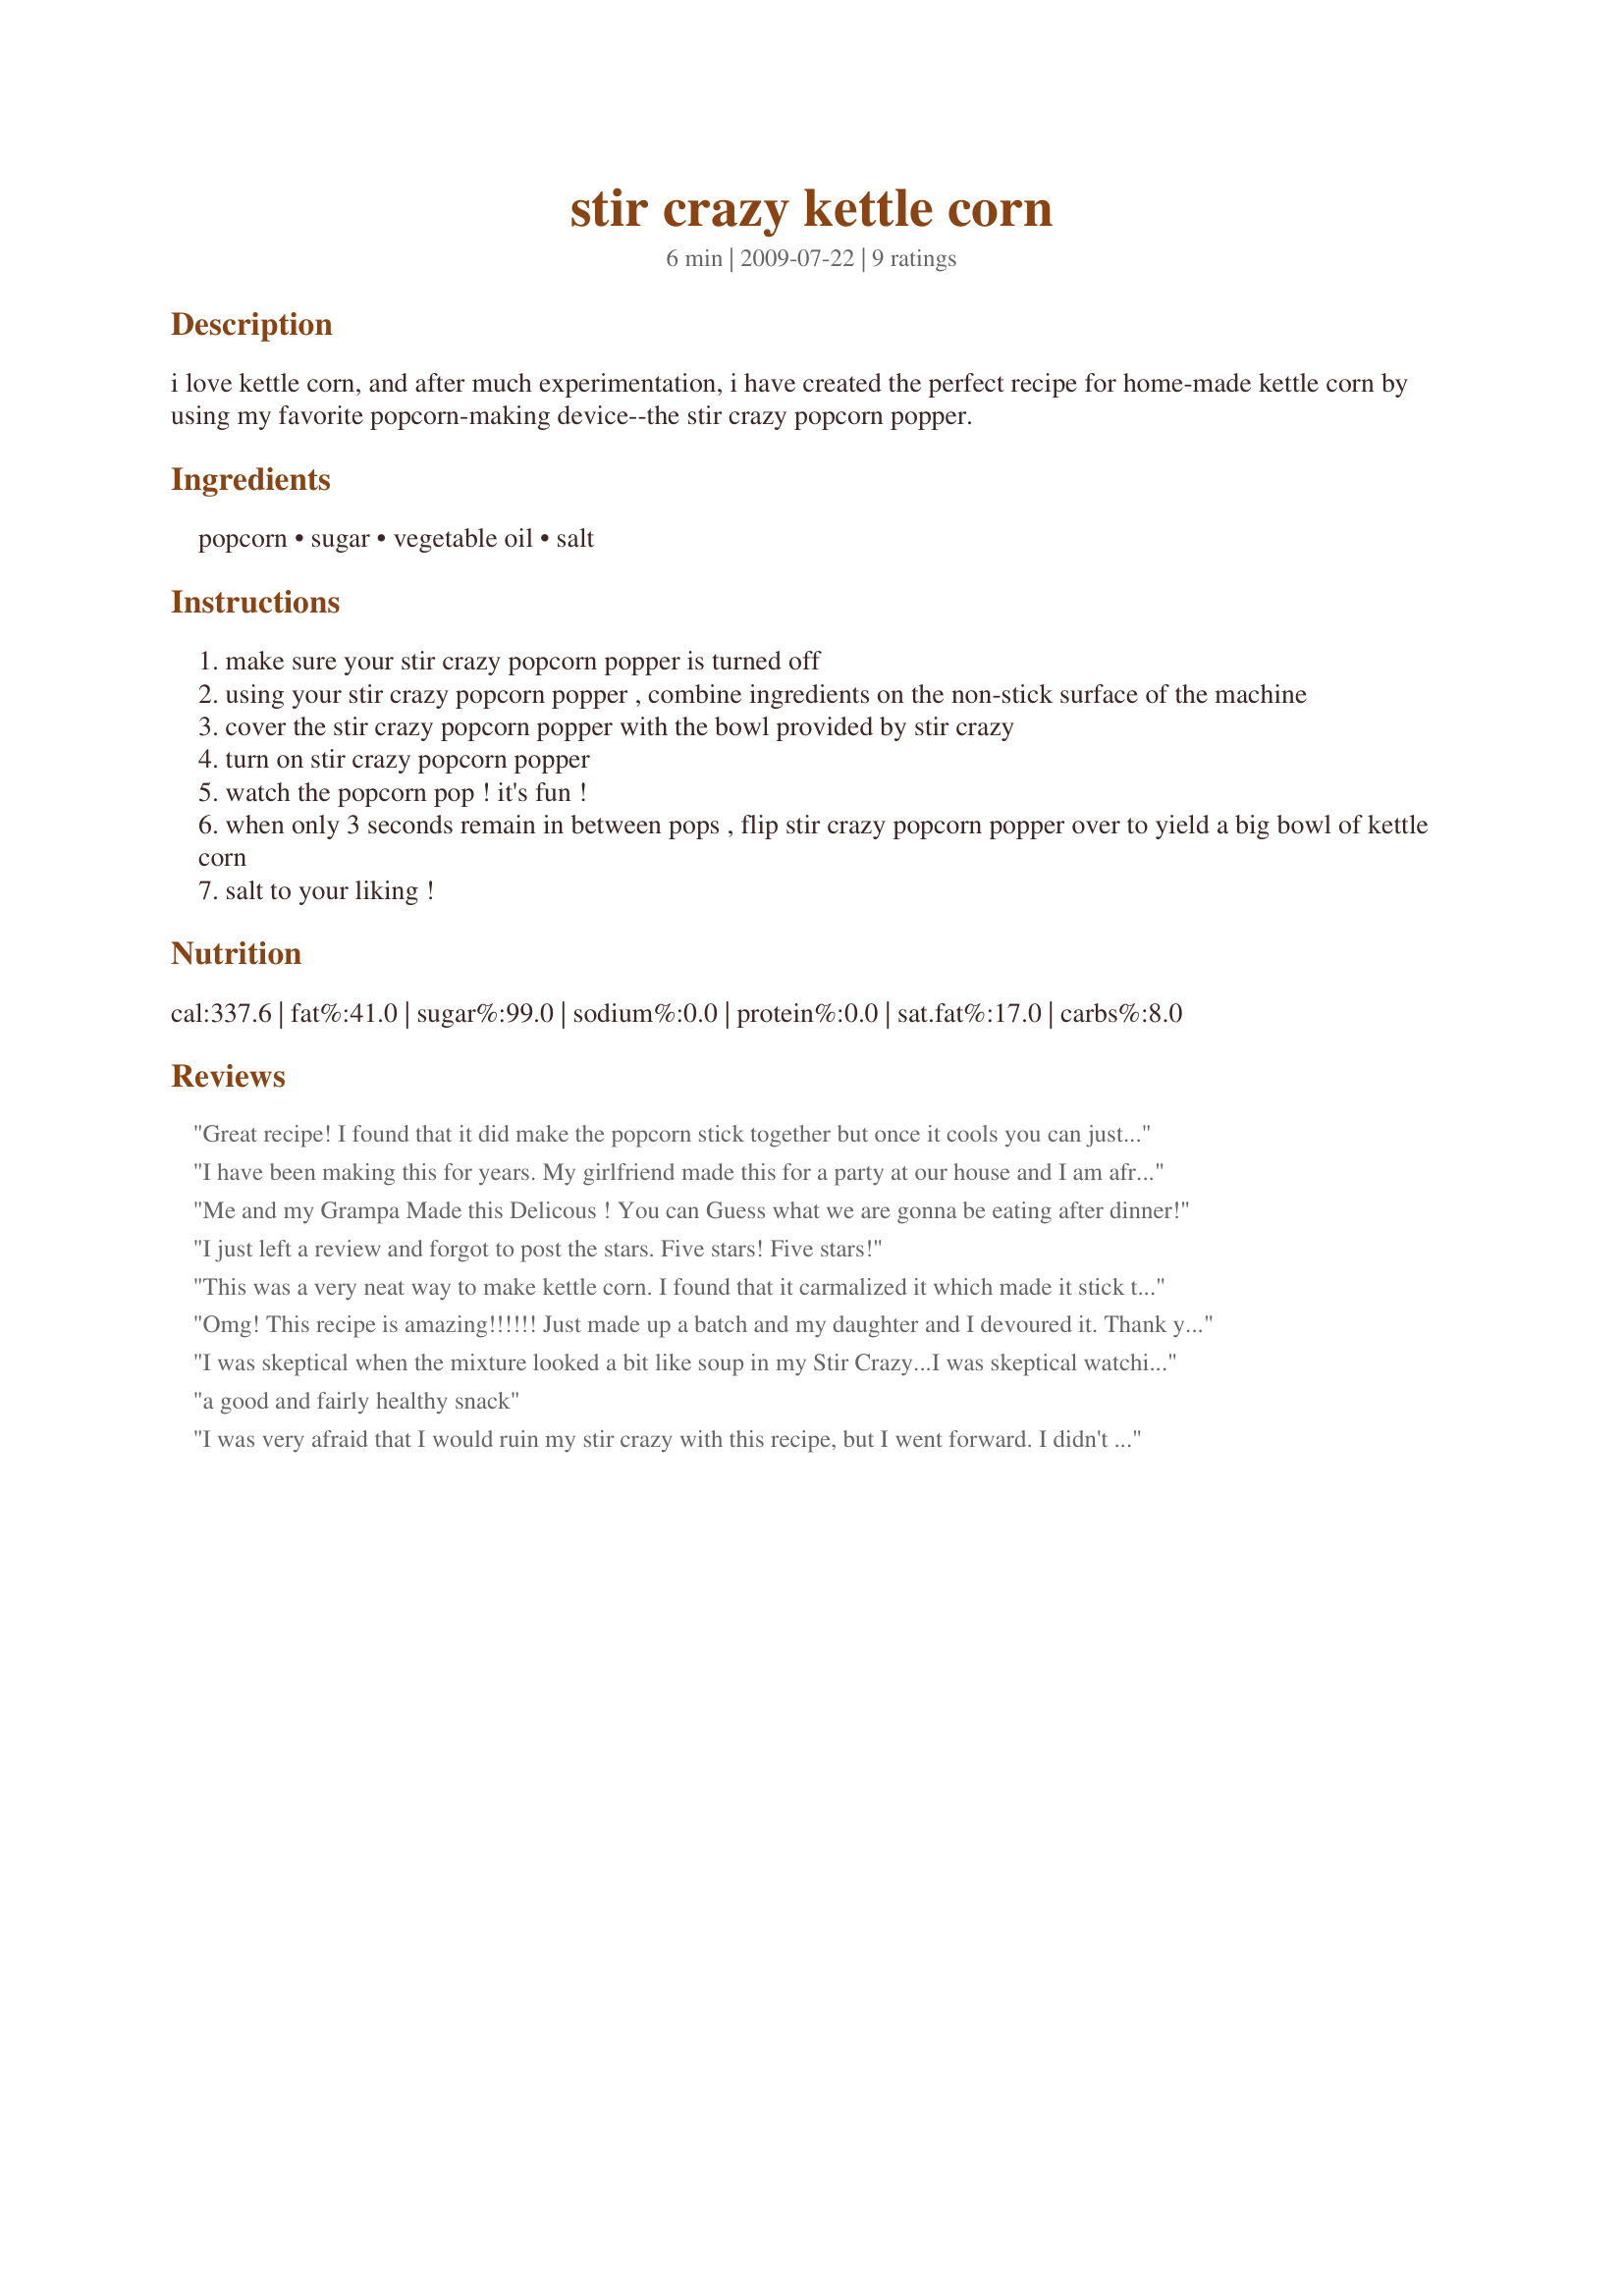
stir crazy kettle corn
Preparation time: 6 minutes

i love kettle corn, and after much experimentation, i have created the perfect recipe for home-made kettle corn by using my favorite popcorn-making device--the stir crazy popcorn popper.

Ingredients:
popcorn, sugar, vegetable oil, salt

Steps:
make sure your stir crazy popcorn popper is turned off
using your stir crazy popcorn popper , combine ingredients on the non-stick surface of the machine
cover the stir crazy popcorn popper with the bowl provided by stir crazy
turn on stir crazy popcorn popper
watch the popcorn pop ! it's fun !
when only 3 seconds remain in between pops , flip stir crazy popcorn popper over to yield a big bowl of kettle corn
salt to your liking !

Reviews:
Great recipe! I found that it did make the popcorn stick together but once it cools you can just break it apart with a spoon. Warning: I dropped a piece of the popcorn on my toe as I was turning the Stir Crazy Popper over and I now have a blister from the burn on my toe. OUCH! So caution - the sugar makes it much hotter when it comes out - and some pieces stuck to the side of my pan and then fell on my toe! :O) But again, great tasting recipe!
I have been making this for years. My girlfriend made this for a party at our house and I am afraid I made a PIG out of myself. She gave me a stir crazy for a house warming gift and I have been making it ever since. I use about half the oil but otherwise I do exactly the same thing. It is easy, inexpensive, and a hit wherever you bring it. Sometimes I add m&m, candy corn, and/or peanuts.
Me and my Grampa Made this Delicous ! You can Guess what we are gonna be eating after dinner!
I just left a review and forgot to post the stars. Five stars! Five stars!
This was a very neat way to make kettle corn. I found that it carmalized it which made it stick together but it still tasted good. I think that if you didn't like this you could always add the sugar after the popping and prevent the carmalization. All in all a very delicious recipe!
Omg! This recipe is amazing!!!!!! Just made up a batch and my daughter and I devoured it. Thank you soooooo much!
I was skeptical when the mixture looked a bit like soup in my Stir Crazy...I was skeptical watching in bunch up on the stirring wand. But the end result? WOW. That it good stuff. My Stir Crazy can handle 3/4 cup of corn so I let my i/2 cup spill over a bit in hopes to reduce the clumping reporting in other reviews and it seemed to work. Warning, there may be some very hot oil still on the bottom when doing the flip which will spill out, stand as clear as possible! This tastes great and will certainly be used often in our house.
a good and fairly healthy snack
I was very afraid that I would ruin my stir crazy with this recipe, but I went forward. I didn't use the full 1/2 C oil as it seems like soooo much! I also added a few extra kernels of corn. I could feel some of the oil splattering out as it popped, so keep kids a little farther away than normal. It was AWESOME!!!! My kids LOVED it and it was gobbled up quickly! Don't soak your machine....I had to use a rag to scrub out the cooked sugar, but it wasn't difficult. Awesome treat!!!
